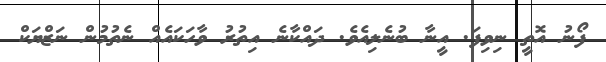
ފޯނު އޮތީ ނިވިފަ. އީނާ ބުނެލިއެވެ. ދައްކާނެ އިތުރު ވާހަކައެއް ނެތުމުން ނަޒްޔަކް